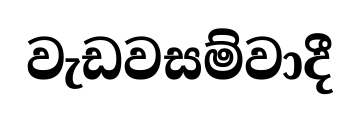
වැඩවසම්වාදී